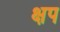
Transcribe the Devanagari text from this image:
क्षप